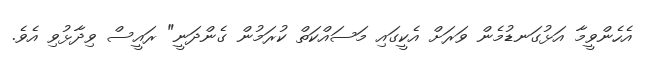
އެހެންވީމާ އަޅުގަނޑުމެން ވަރަށް އެކީގައި މަސައްކަތް ކުރަމުން ގެންދަނީ" ރައީސް ވިދާޅުވި އެވެ.